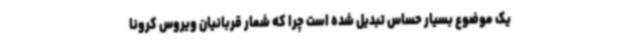
یک موضوع بسیار حساس تبدیل شده است چرا که شمار قربانیان ویروس کرونا